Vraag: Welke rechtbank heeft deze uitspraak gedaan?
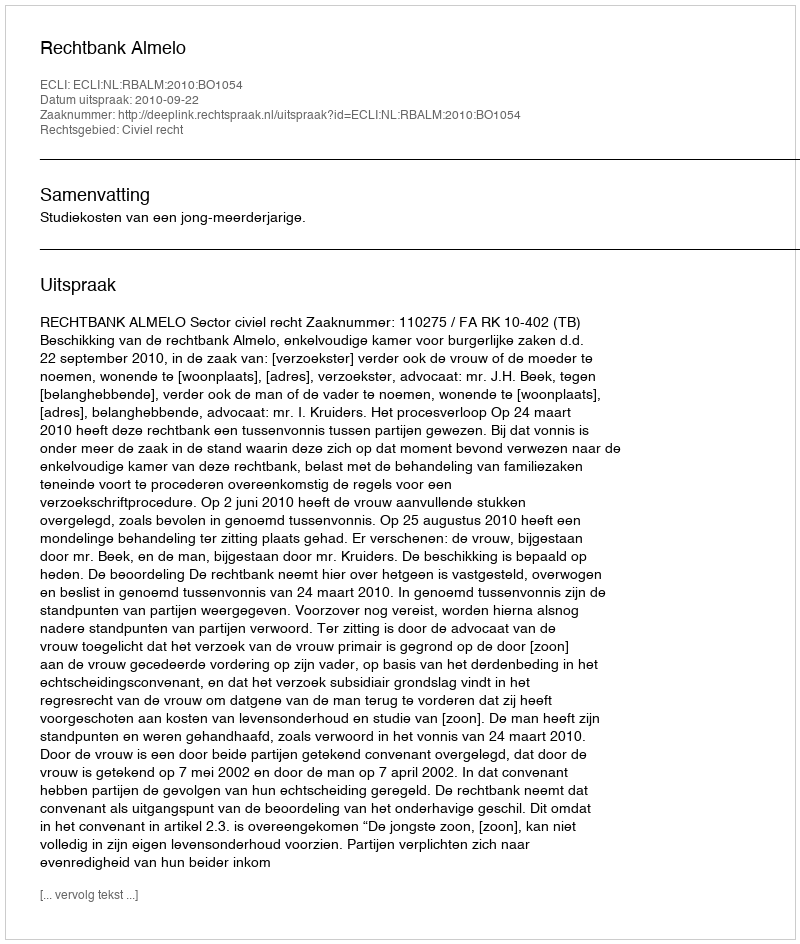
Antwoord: Rechtbank Almelo